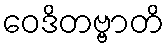
ဝေဒိတဗ္ဗာတိ